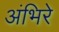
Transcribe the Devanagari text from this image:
अंभिरे